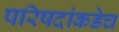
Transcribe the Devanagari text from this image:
परिषदांकडेच